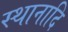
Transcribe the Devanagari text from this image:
स्थानादि